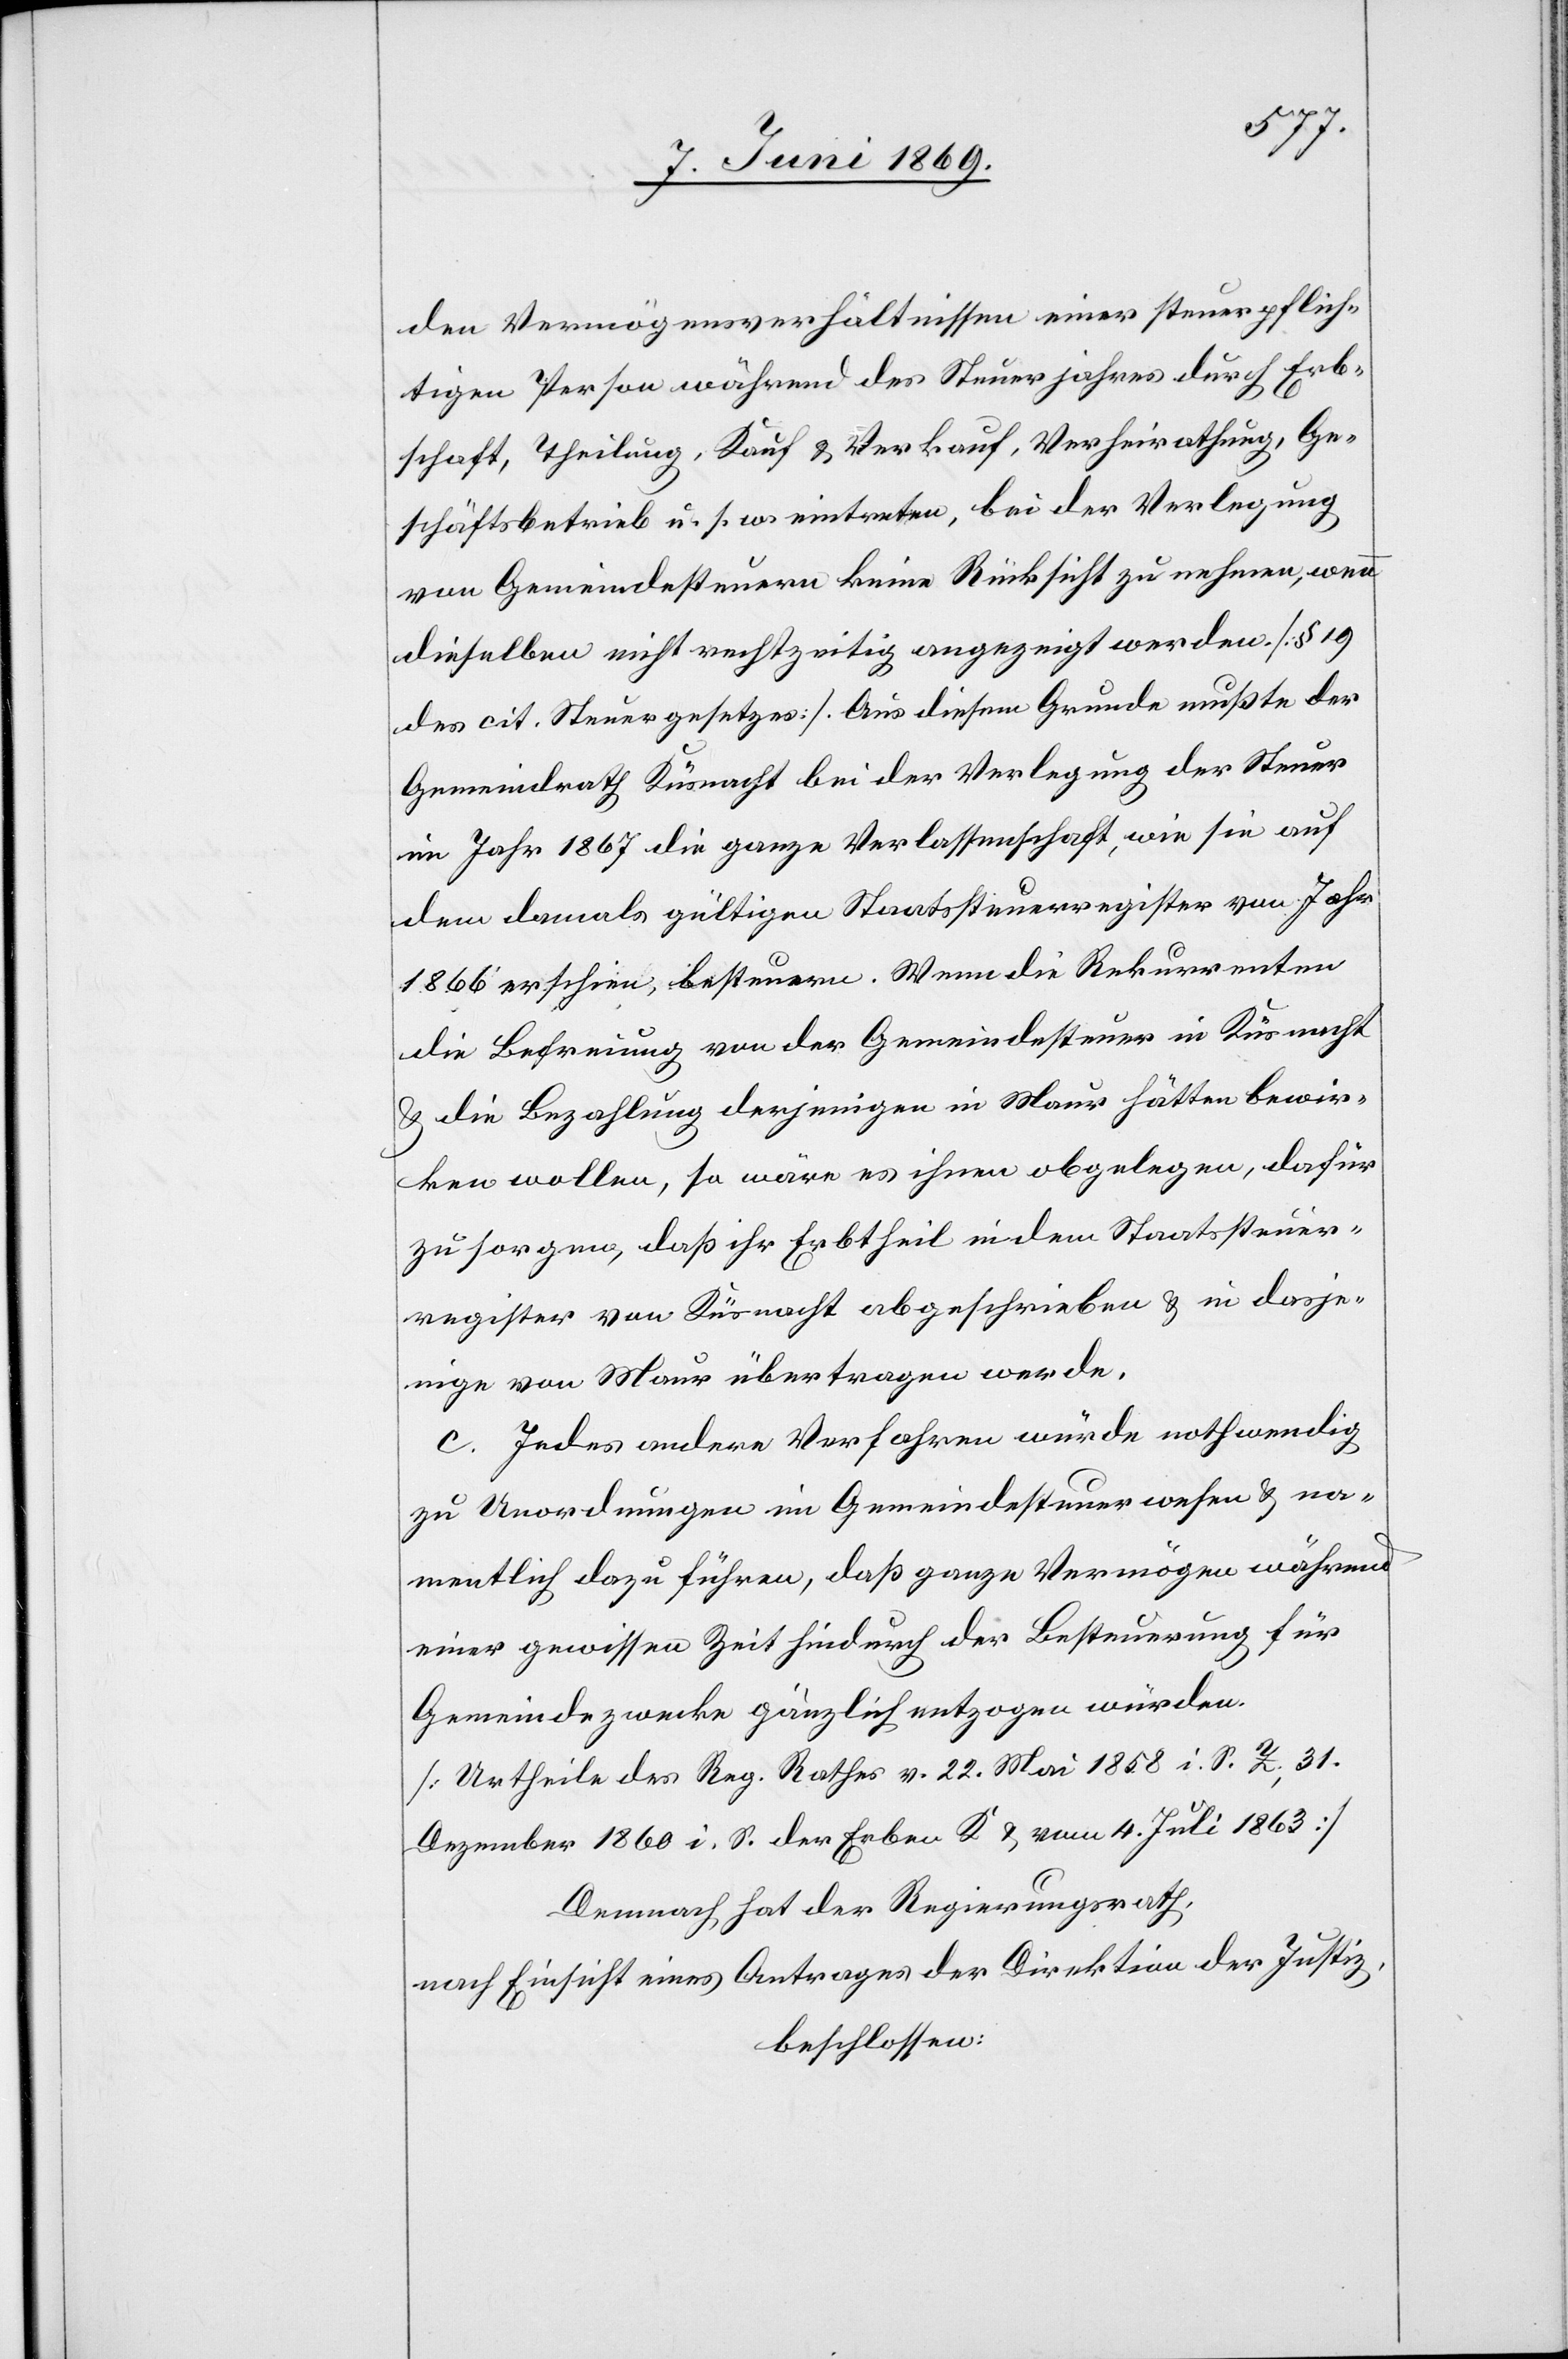
den Vermögensverhältnissen einer steuerpflich¬
tigen Person während des Steuerjahres durch Erb¬
schaft, Theilung, Kauf u. Verkauf, Verheirathung, Ge¬
schäftsbetrieb u. s. w. eintreten, bei der Verlegung
von Gemeindesteuern keine Rücksicht zu nehmen, wenn
dieselben nicht rechtzeitig angezeigt werden. [§ 19
des cit. Steuergesetzes]. Aus diesem Grunde mußte der
Gemeindrath Küsnacht bei der Verlegung der Steuer
im Jahr 1867 die ganze Verlassenschaft, wie sie auf
den damals gültigen Staatssteuerregister vom Jahr
1866 erschien, besteuern. Wenn die Rekurrenten
die Befreiung von der Gemeindesteuer in Küsnacht
u. die Bezahlung derjenigen in Maur hätten bewir¬
ken wollen, so wäre es ihnen obgelegen, dafür
zu sorgen, daß ihr Erbtheil in dem Staatssteuer¬
register von Küsnacht abgeschrieben u. in dasje¬
nige von Maur übertragen werde.
c. Jedes andere Verfahren würde nothwendig
zu Unordnungen im Gemeindesteuerwesen u. na¬
mentlich dazu führen, daß ganze Vermögen während
einer gewissen Zeit hiedurch der Besteuerung für
Gemeindezwecke gänzlich entzogen würden.
[Urtheile des Reg. Rathes v. 22 Mai 1858 i. S. Z. 31
Dezember 1860 i. S. der Erben K. u. vom 4 Juli 1863]
Demnach hat der Regierungsrath,
nach Einsicht eines Antrages der Direktion der Justiz,
beschlossen: